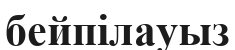
бейпілауыз